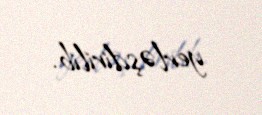
yerləşdirilib.